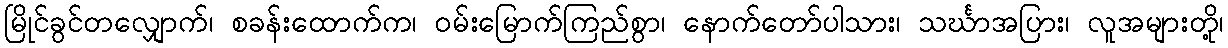
မြိုင်ခွင်တလျှောက်၊ စခန်းထောက်က၊ ဝမ်းမြောက်ကြည်စွာ၊ နောက်တော်ပါသား၊ သင်္ဃာအပြား၊ လူအများတို့၊